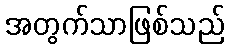
အတွက်သာဖြစ်သည်